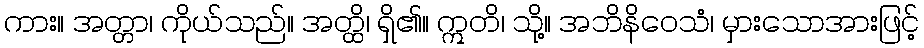
ကား။ အတ္တာ၊ ကိုယ်သည်။ အတ္ထိ၊ ရှိ၏။ ဣတိ၊ သို့။ အဘိနိဝေသံ၊ မှားသောအားဖြင့်